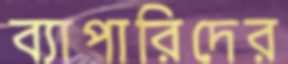
ব্যাপারিদের